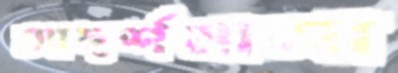
আদর্শমালা